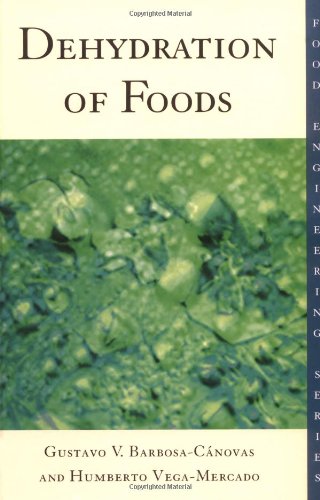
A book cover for Dehydration of Foods (Food Engineering Series); Humberto Vega-Mercado; Cookbooks, Food & Wine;